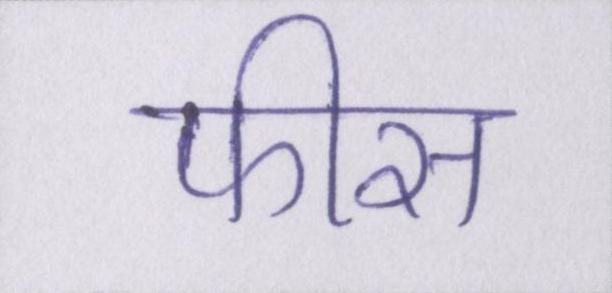
फीस